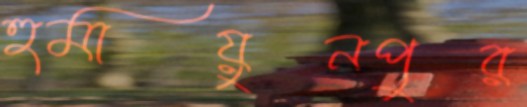
হুমায়ুনপুর